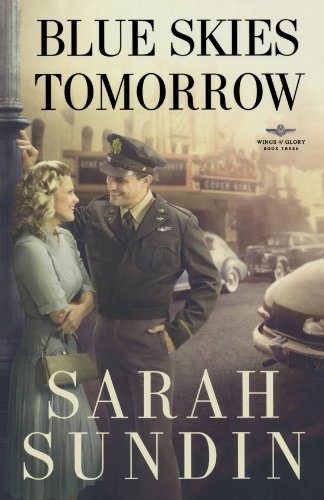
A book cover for Blue Skies Tomorrow: A Novel (Wings of Glory); Sarah Sundin; Romance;